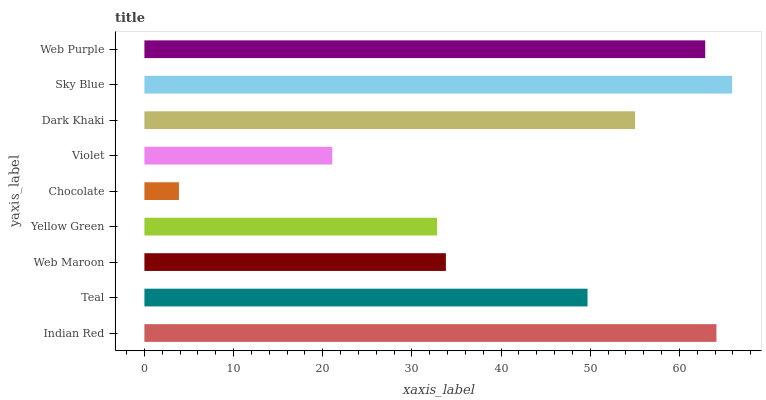
| yaxis_label | bars |
 | --- | --- |
 | Indian Red | 64.1 |
 | Teal | 49.7 |
 | Web Maroon | 33.8 |
 | Yellow Green | 32.8 |
 | Chocolate | 3.87 |
 | Violet | 21.1 |
 | Dark Khaki | 55 |
 | Sky Blue | 65.9 |
 | Web Purple | 62.9 |